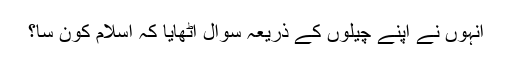
انہوں نے اپنے چیلوں کے ذریعہ سوال اٹھایا کہ اسلام کون سا؟